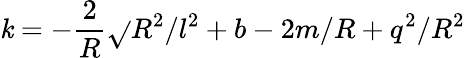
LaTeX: \mathit{k}=-\frac{{2}}{{R}}\sqrt{}{{R^{2}/l^{2}+b-2m/R+q^{2}/R^{2}}}